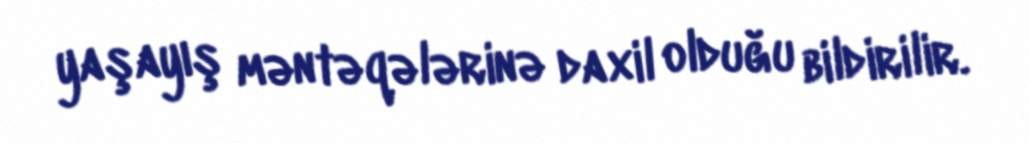
yaşayış məntəqələrinə daxil olduğu bildirilir.